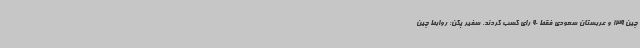
چین 139 و عربستان سعودی فقط 90 رای کسب کردند. سفیر پکن: روابط چین